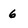
Character: 6